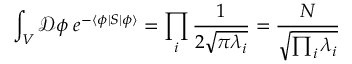
\int _ { V } { \mathcal { D } } \phi \; e ^ { - \langle \phi | S | \phi \rangle } = \prod _ { i } { \frac { 1 } { 2 { \sqrt { \pi \lambda _ { i } } } } } = { \frac { N } { \sqrt { \prod _ { i } \lambda _ { i } } } }